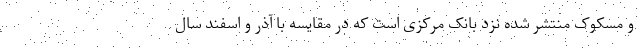
و مسکوک منتشر شده نزد بانک مرکزی است که در مقایسه با آذر و اسفند سال